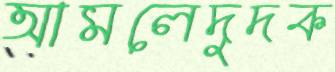
আমলেদুদক